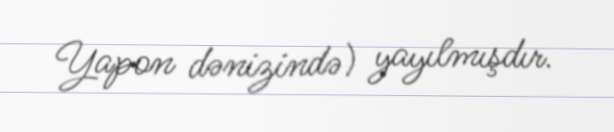
Yapon dənizində) yayılmışdır.